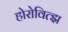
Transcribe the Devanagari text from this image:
होरोवित्झ